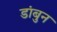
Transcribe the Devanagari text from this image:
डांबुन